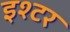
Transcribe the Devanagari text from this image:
इश्टर